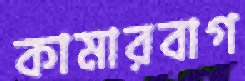
কামারবাগ